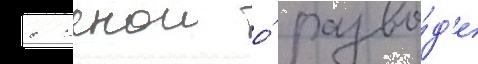
с женои о́ разво́д'е